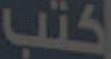
كتب